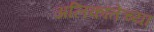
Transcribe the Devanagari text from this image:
अलिकांतेच्या